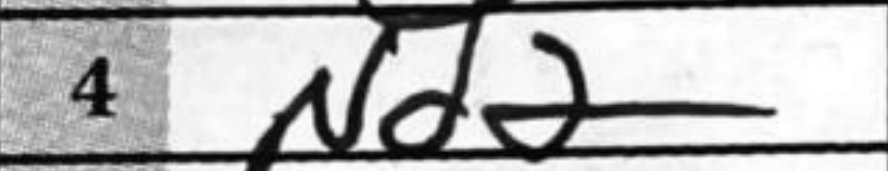
Transcription: Nd2